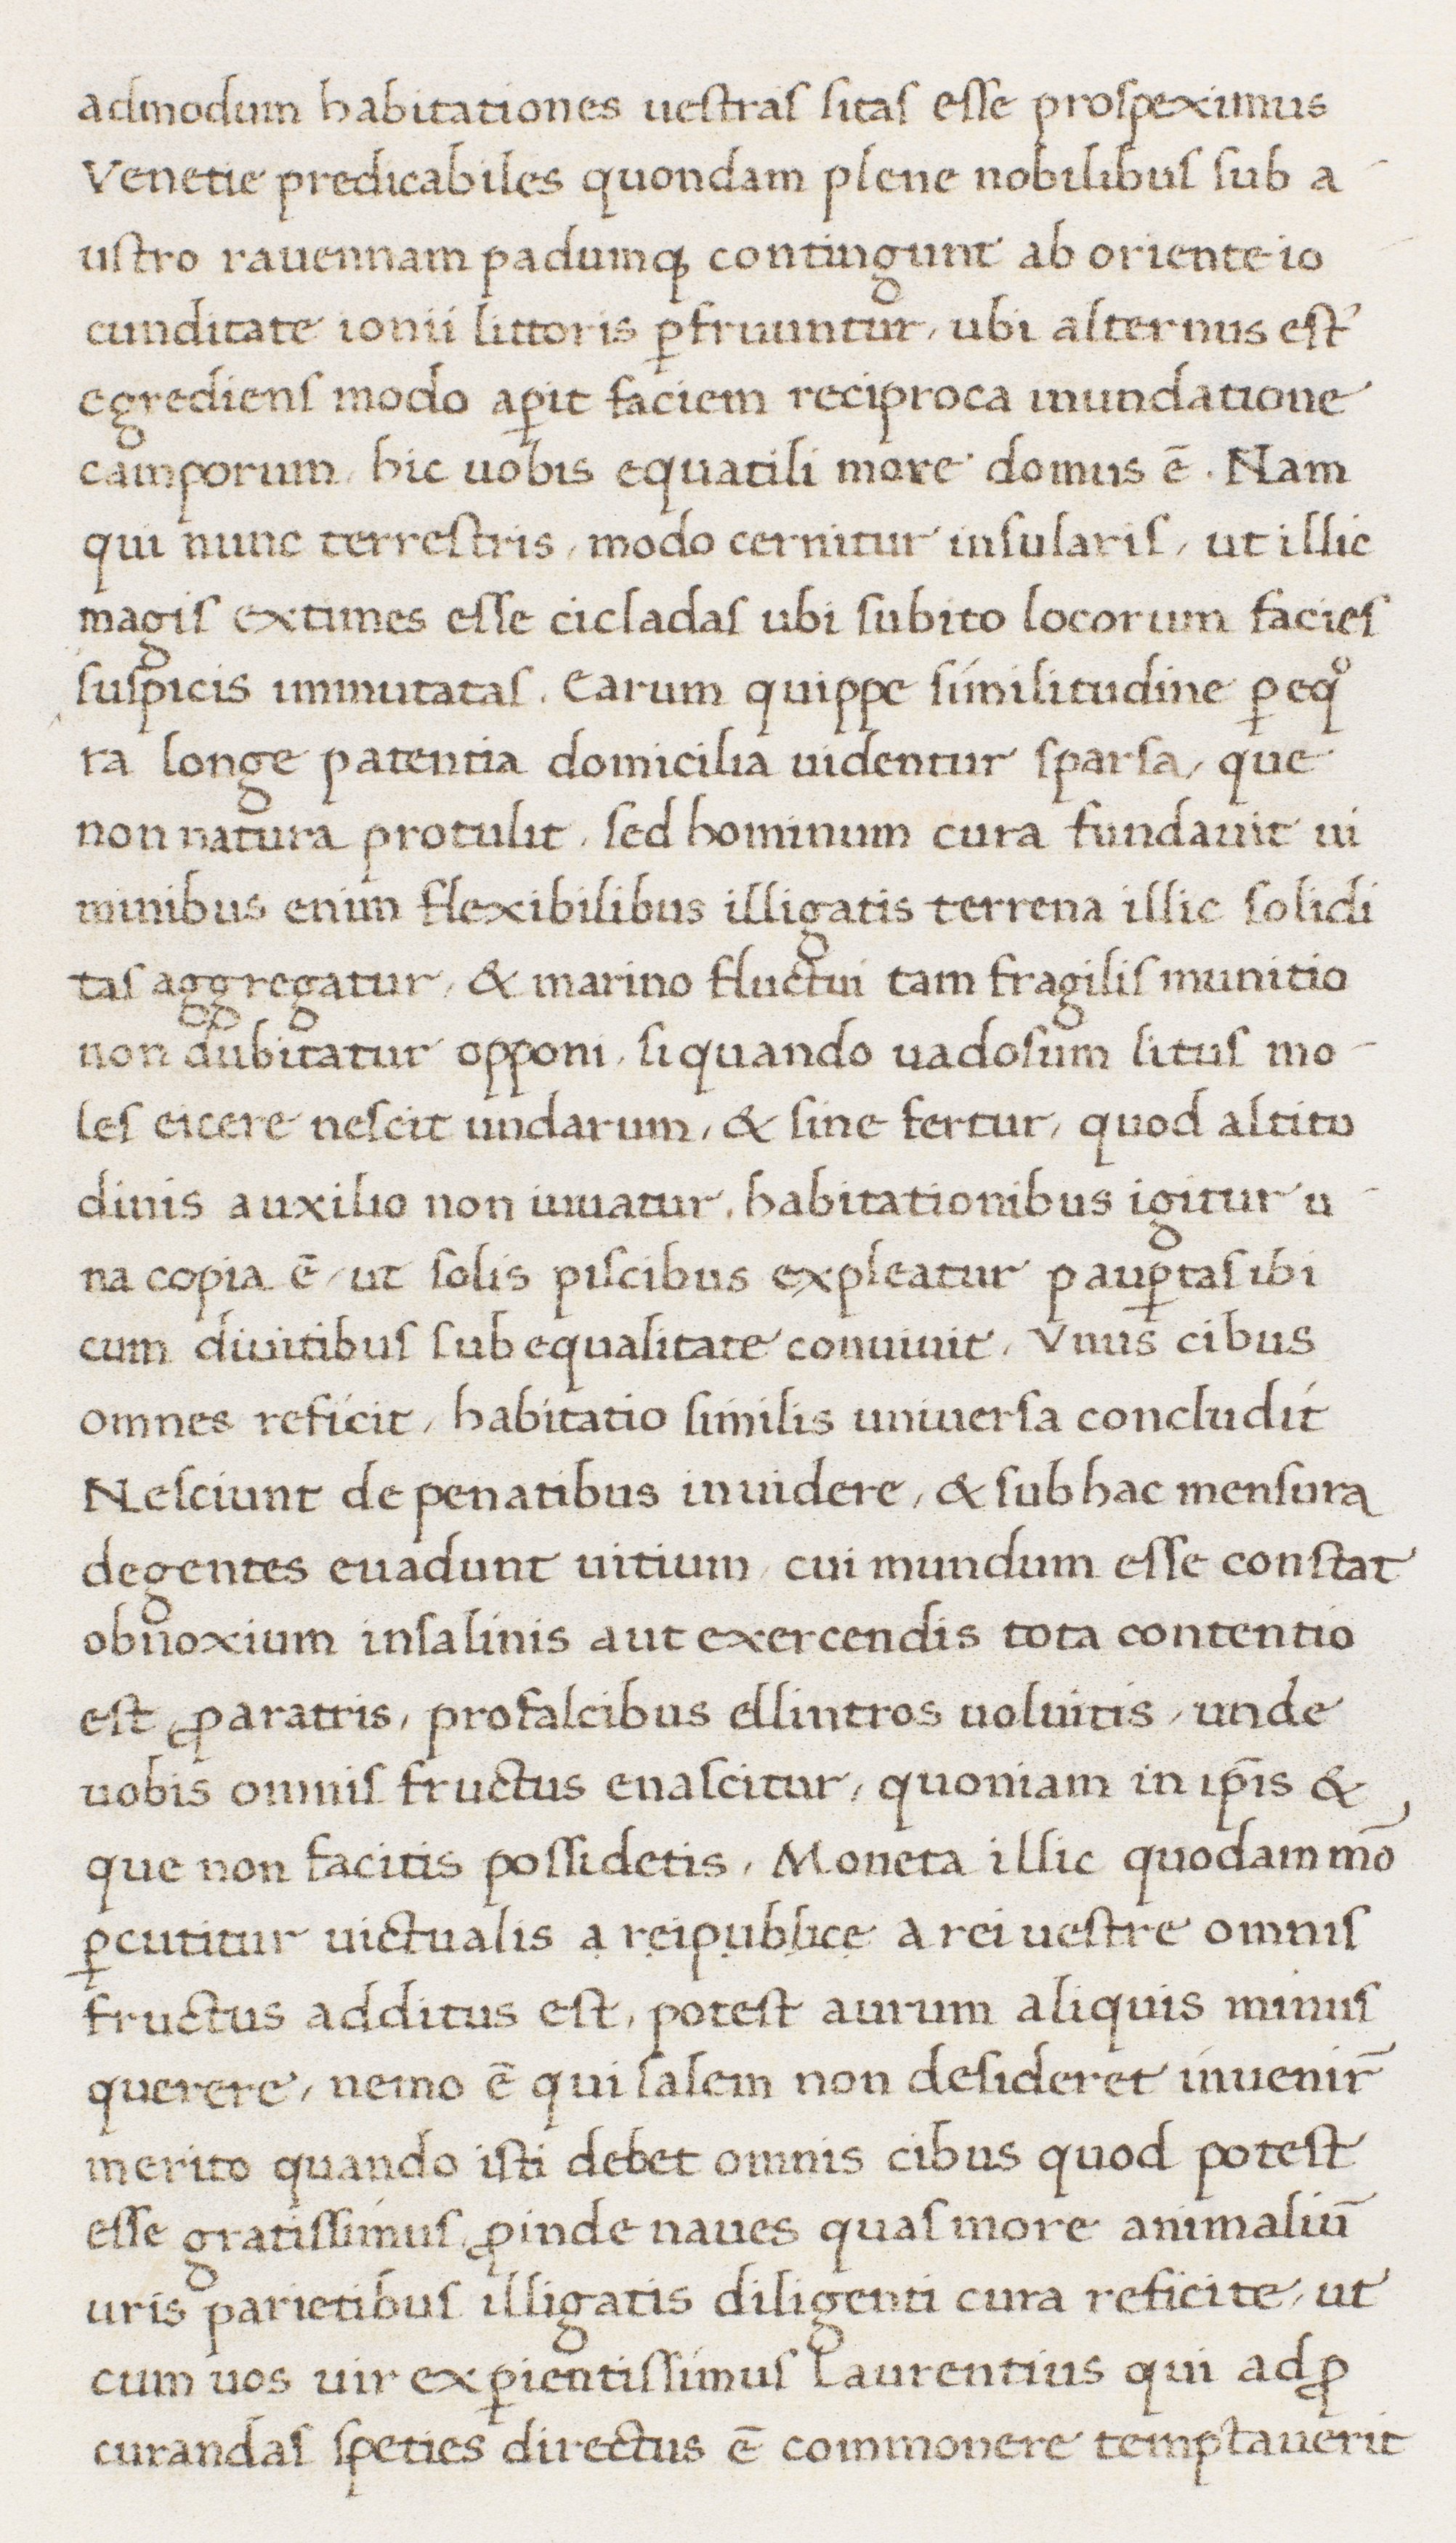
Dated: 1513–1521